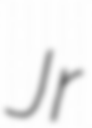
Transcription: Jr